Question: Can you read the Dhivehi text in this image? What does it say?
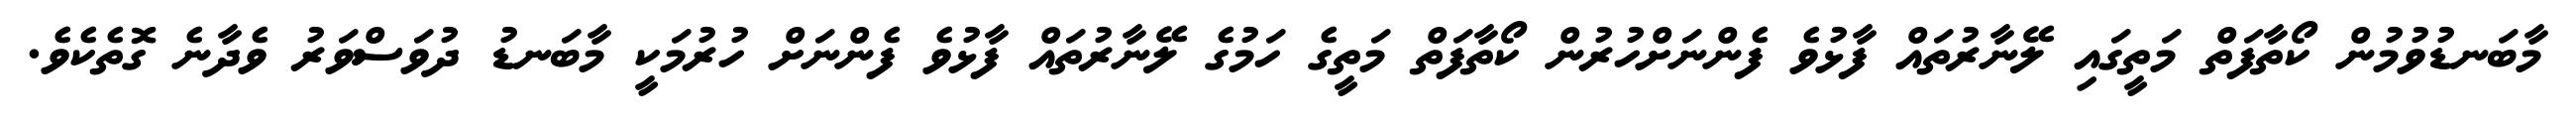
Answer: މާބަނޑުވުމުން ކޯތާފަތް މަތީގައި ލޭނާރުތައް ފާޅުވެ ފެންނަށްހުރުން ކޯތާފަތް މަތީގެ ހަމުގެ ލޭނާރުތައް ފާޅުވެ ފެންނަށް ހުރުމަކީ މާބަނޑު ދުވަސްވަރު ވެދާނެ ގޮތެކެވެ.